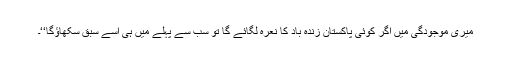
میری موجودگی میں اگر کوئی پاکستان زندہ باد کا نعرہ لگائے گا تو سب سے پہلے میں ہی اسے سبق سکھاؤگا‘‘۔